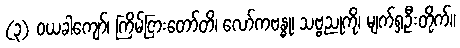
(၃) ဝယခါကျော်၊ ကြိမ်ငြားတော်တိ၊ လော်ကဗန္ဓု၊ သဗ္ဗညုကို၊ မျက်ရှဦးတိုက်။